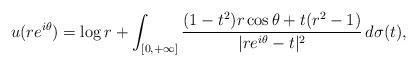
LaTeX: \begin{align*}u(re^{i\theta})=\log r+\int_{[0,+\infty]}\frac{(1-t^{2})r\cos\theta+t(r^{2}-1)}{|re^{i\theta}-t|^{2}}\,d\sigma(t),\end{align*}